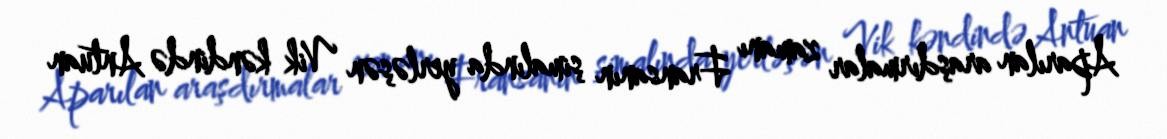
Aparılan araşdırmalar zamanı Fransanın şimalında yerləşən Vik kəndində Antuan